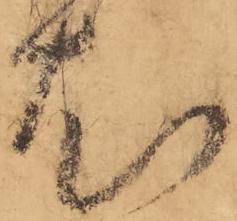
尤